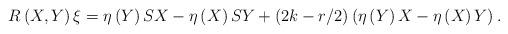
LaTeX: \begin{align*} R\left(X,Y\right)\xi =\eta \left(Y\right)SX-\eta \left(X\right)SY+\left(2k-{r}/{2} \right)\left(\eta \left(Y\right)X-\eta \left(X\right)Y\right). \end{align*}